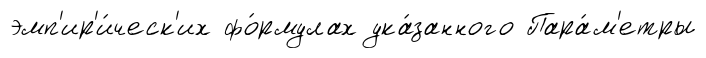
эмп'ир'и́ческ'их фо́рмулах ука́занного Пара́м'етры